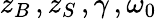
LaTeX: z_{B}\, ,z_{S}\, ,\gamma\, ,\omega_{0}